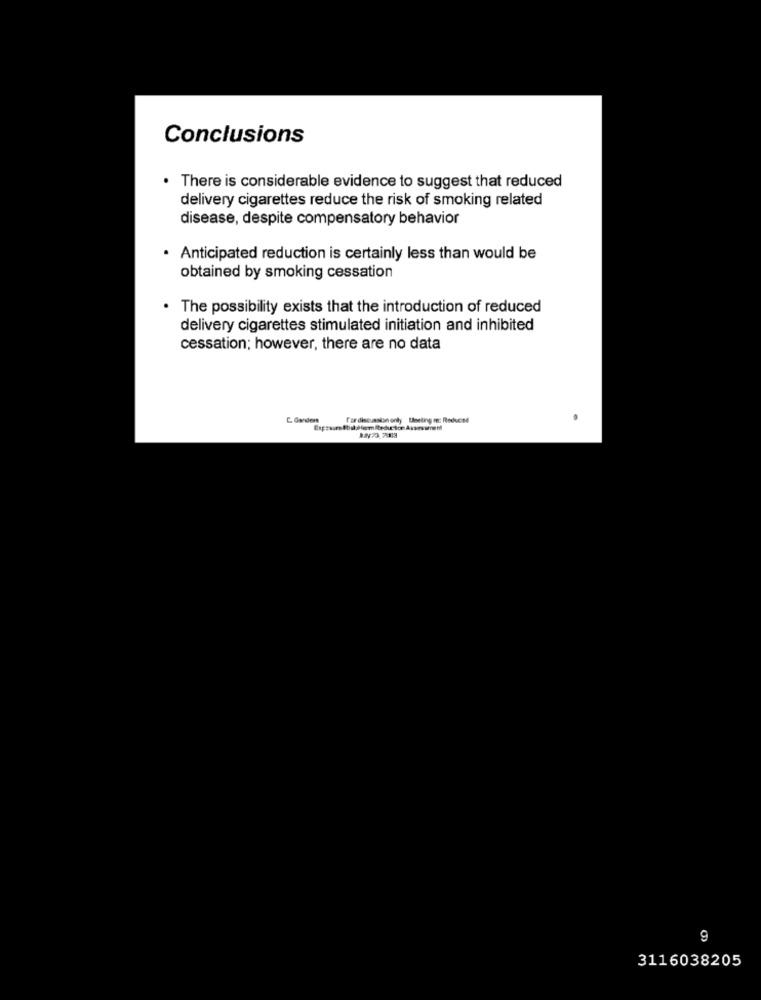
Conclusions
. There is considerable evidence to suggest that reduced
delivery cigarettes reduce the risk of smoking related
disease, despite compensatory behavior
· Anticipated reduction is certainly less than would be
obtained by smoking cessation
. The possibility exists that the introduction of reduced
delivery cigarettes stimulated initiation and inhibited
cessation; however, there are no data
fordiscussion only Useling m: Reduced
3116038205